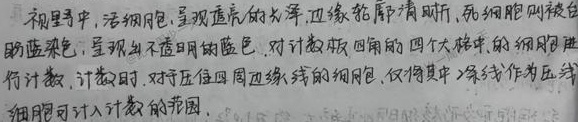
视野中，活细胞呈现透亮的光泽，边缘轮廓清晰，死细胞则被台盼蓝染色，呈现出不透明的蓝色。对计数板四角的四个大格中的细胞进行计数，计数时，对于压在四周边缘线的细胞，仅将其中一条线作为压线细胞可计入计数的范围。